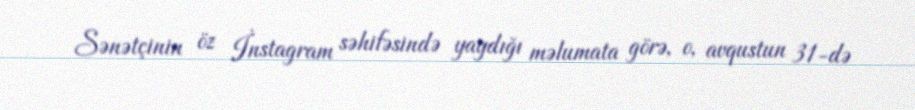
Sənətçinin öz İnstagram səhifəsində yaydığı məlumata görə, o, avqustun 31-də